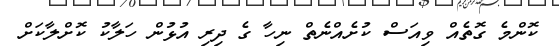
ކޮންމެ ގޮތެއް ވިއަސް ކުށެއްނެތް ނިހާ ގެ ދިރި އުޅުން ހަލާކު ކޮށްލާކަށް